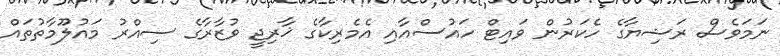
ނަމަވެސް ރަޝިޔާގެ ހެކަރުން ވައިޓް ހައުސްއާއި އެމެރިކާގެ ޚާރިޖީ ވުޒާރާގެ ސިއްރު މައުލޫމާތުތައް